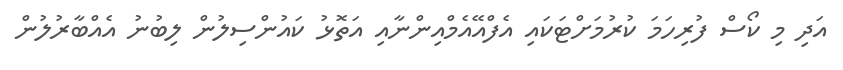
އަދި މި ކޯސް ފުރިހަމަ ކުރުމަށްޓަަކައި އެފްއޭއެމްއިންނާއި އަތޮޅު ކައުންސިލުން ލިބުނު އެއްބާރުލުން